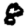
Digit: 8